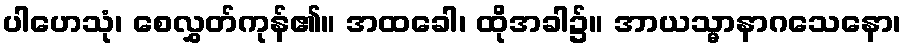
ပါဟေသုံ၊ စေလွှတ်ကုန်၏။ အထခေါ၊ ထိုအခါ၌။ အာယသ္မာနာဂသေနော၊